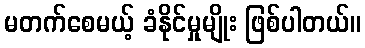
မတက်စေမယ့် ခံနိုင်မှုမျိုး ဖြစ်ပါတယ်။